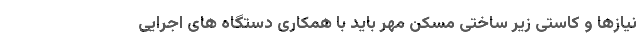
نیازها و کاستی زیر ساختی مسکن مهر باید با همکاری دستگاه های اجرایی